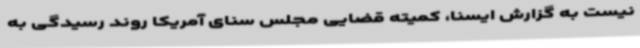
نیست به گزارش ایسنا، کمیته قضایی مجلس سنای آمریکا روند رسیدگی به